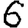
Digit: 6